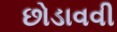
છોડાવવી